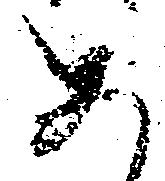
あ